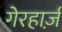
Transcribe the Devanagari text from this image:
गेरहार्ज़